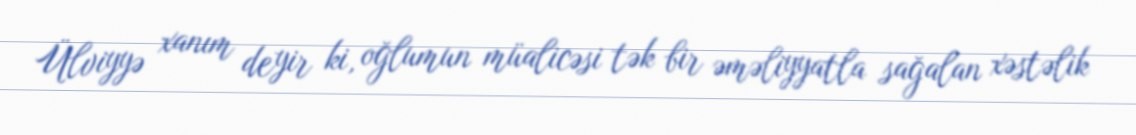
Ülviyyə xanım deyir ki, oğlumun müalicəsi tək bir əməliyyatla sağalan xəstəlik